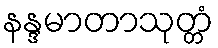
နန္ဒမာတာသုတ္တံ